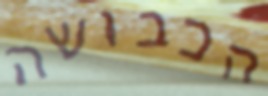
הכבושה